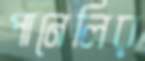
পানেলির